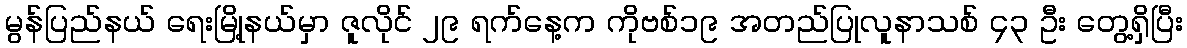
မွန်ပြည်နယ် ရေးမြို့နယ်မှာ ဇူလိုင် ၂၉ ရက်နေ့က ကိုဗစ်၁၉ အတည်ပြုလူနာသစ် ၄၃ ဦး တွေ့ရှိပြီး